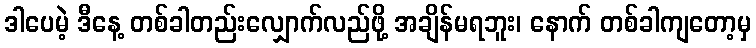
ဒါပေမဲ့ ဒီနေ့ တစ်ခါတည်းလျှောက်လည်ဖို့ အချိန်မရဘူး၊ နောက် တစ်ခါကျတော့မှ